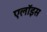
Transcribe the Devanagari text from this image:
एलॉइस